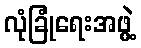
လုံခြုံရေးအဖွဲ့